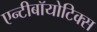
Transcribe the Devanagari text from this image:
एन्टीबॉयोटिक्स